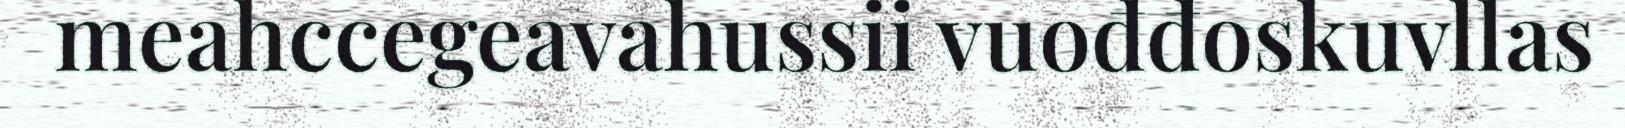
meahccegeavahussii vuođđoskuvllas